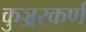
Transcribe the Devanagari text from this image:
कुञ्जरकर्ण